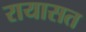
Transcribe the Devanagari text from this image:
रायासत